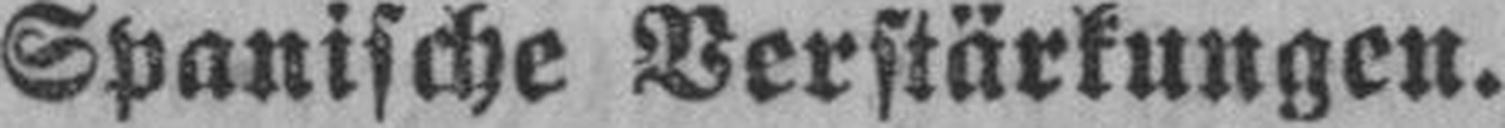
Spanische Verstärkungen.